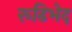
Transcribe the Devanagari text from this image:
रूढिभेद